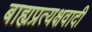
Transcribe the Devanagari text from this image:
बाह्यप्रत्यक्षवादी